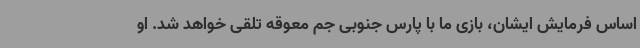
اساس فرمایش ایشان، بازی ما با پارس جنوبی جم معوقه تلقی خواهد شد. او